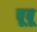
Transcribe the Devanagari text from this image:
चूबू